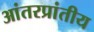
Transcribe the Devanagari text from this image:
आंतरप्रांतीय